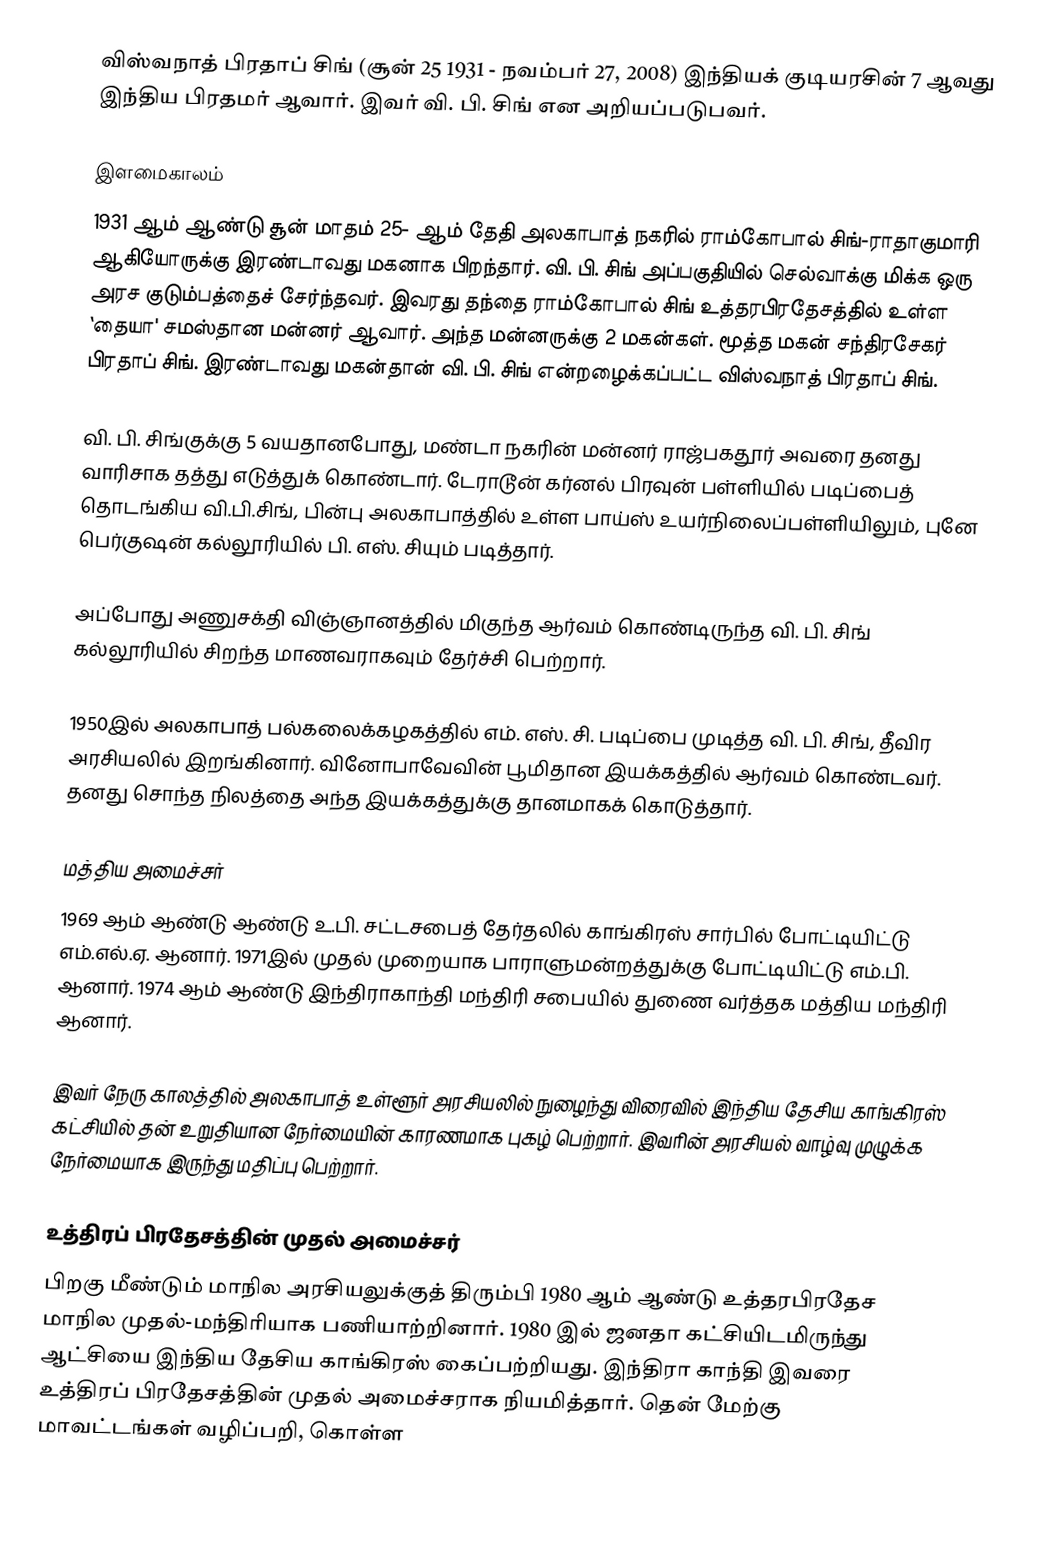
விஸ்வநாத் பிரதாப் சிங் (சூன் 25 1931 - நவம்பர் 27, 2008) இந்தியக் குடியரசின் 7 ஆவது இந்திய பிரதமர் ஆவார். இவர் வி. பி. சிங் என அறியப்படுபவர்.

இளமைகாலம்
1931 ஆம் ஆண்டு சூன் மாதம் 25- ஆம் தேதி அலகாபாத் நகரில் ராம்கோபால் சிங்-ராதாகுமாரி ஆகியோருக்கு இரண்டாவது மகனாக பிறந்தார். வி. பி. சிங் அப்பகுதியில் செல்வாக்கு மிக்க ஒரு அரச குடும்பத்தைச் சேர்ந்தவர். இவரது தந்தை ராம்கோபால் சிங் உத்தரபிரதேசத்தில் உள்ள `தையா' சமஸ்தான மன்னர் ஆவார். அந்த மன்னருக்கு 2 மகன்கள். மூத்த மகன் சந்திரசேகர் பிரதாப் சிங். இரண்டாவது மகன்தான் வி. பி. சிங் என்றழைக்கப்பட்ட விஸ்வநாத் பிரதாப் சிங்.

வி. பி. சிங்குக்கு 5 வயதானபோது, மண்டா நகரின் மன்னர் ராஜ்பகதூர் அவரை தனது வாரிசாக தத்து எடுத்துக் கொண்டார். டேராடூன் கர்னல் பிரவுன் பள்ளியில் படிப்பைத் தொடங்கிய வி.பி.சிங், பின்பு அலகாபாத்தில் உள்ள பாய்ஸ் உயர்நிலைப்பள்ளியிலும், புனே பெர்குஷன் கல்லூரியில் பி. எஸ். சியும் படித்தார்.

அப்போது அணுசக்தி விஞ்ஞானத்தில் மிகுந்த ஆர்வம் கொண்டிருந்த வி. பி. சிங் கல்லூரியில் சிறந்த மாணவராகவும் தேர்ச்சி பெற்றார்.

1950இல் அலகாபாத் பல்கலைக்கழகத்தில் எம். எஸ். சி. படிப்பை முடித்த வி. பி. சிங், தீவிர அரசியலில் இறங்கினார். வினோபாவேவின் பூமிதான இயக்கத்தில் ஆர்வம் கொண்டவர். தனது சொந்த நிலத்தை அந்த இயக்கத்துக்கு தானமாகக் கொடுத்தார்.

மத்திய அமைச்சர்
1969 ஆம் ஆண்டு ஆண்டு உ.பி. சட்டசபைத் தேர்தலில் காங்கிரஸ் சார்பில் போட்டியிட்டு எம்.எல்.ஏ. ஆனார். 1971இல் முதல் முறையாக பாராளுமன்றத்துக்கு போட்டியிட்டு எம்.பி. ஆனார். 1974 ஆம் ஆண்டு இந்திராகாந்தி மந்திரி சபையில் துணை வர்த்தக மத்திய மந்திரி ஆனார்.

இவர் நேரு காலத்தில் அலகாபாத் உள்ளூர் அரசியலில் நுழைந்து விரைவில் இந்திய தேசிய காங்கிரஸ் கட்சியில் தன் உறுதியான நேர்மையின் காரணமாக புகழ் பெற்றார். இவரின் அரசியல் வாழ்வு முழுக்க நேர்மையாக இருந்து மதிப்பு பெற்றார்.

உத்திரப் பிரதேசத்தின் முதல் அமைச்சர்
பிறகு மீண்டும் மாநில அரசியலுக்குத் திரும்பி 1980 ஆம் ஆண்டு உத்தரபிரதேச மாநில முதல்-மந்திரியாக பணியாற்றினார். 1980 இல் ஜனதா கட்சியிடமிருந்து ஆட்சியை இந்திய தேசிய காங்கிரஸ் கைப்பற்றியது. இந்திரா காந்தி இவரை உத்திரப் பிரதேசத்தின் முதல் அமைச்சராக நியமித்தார். தென் மேற்கு மாவட்டங்கள் வழிப்பறி, கொள்ள